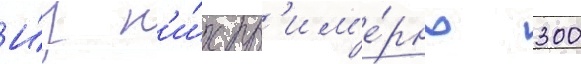
И́з н'и́х пр'им'е́рно 300